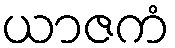
ယာဇကံ